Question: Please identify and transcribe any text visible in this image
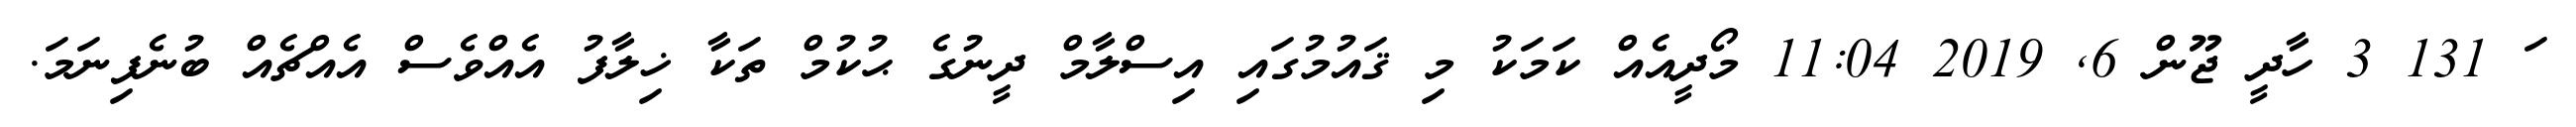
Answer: ަ 131 3 ހާދީ ޖޫން 6, 2019 11:04 މޯދީއެއް ކަމަކު މި ޤައުމުގައި އިސްލާމް ދީނުގެ ޙުކުމް ތަކާ ޚިލާފު އެއްވެސް އެއްޗެއް ބުނެފިނަމަ.